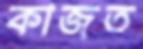
কাজত